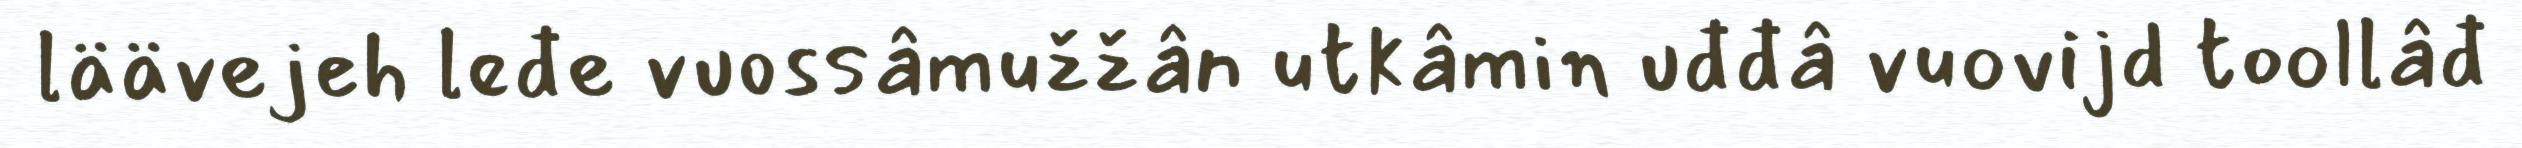
läävejeh leđe vuossâmužžân utkâmin uđđâ vuovijd toollâđ